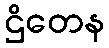
ဌိတေန